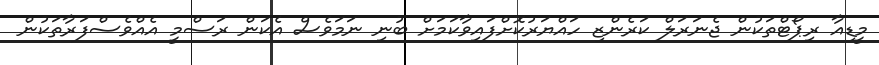
މީޑިއާ ރިޕޯޓްތަކުން ޖެނަރަލް ކަރެންޒި ހައްޔަރުކޮށްފައިވާކަމަށް ބުނި ނަމަވެސް އެކަން ރަސްމީ އެއްވެސްފަރާތަކުން